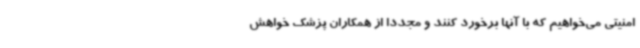
امنیتی می‌خواهیم که با آنها برخورد کنند و مجددا از همکاران پزشک خواهش